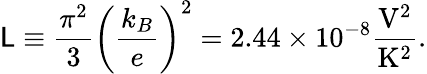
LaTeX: \mathsf{L}\equiv\frac{{\pi^{2}}}{{3}}\left(\frac{{k_{B}}}{{e}}\right)^{2}=2.44\times10^{-8}\frac{{\mathrm{{V}}^{2}}}{{\mathrm{{K^{2}}}}}.